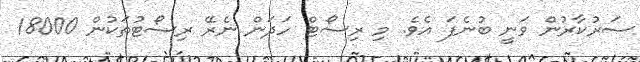
ސަރުކާރުން ވަނީ ބުނެފަ އެވެ. މި ރިސޯޓް ހަދަން ނެރޭ ރިސޯޓުތަކުން 18000